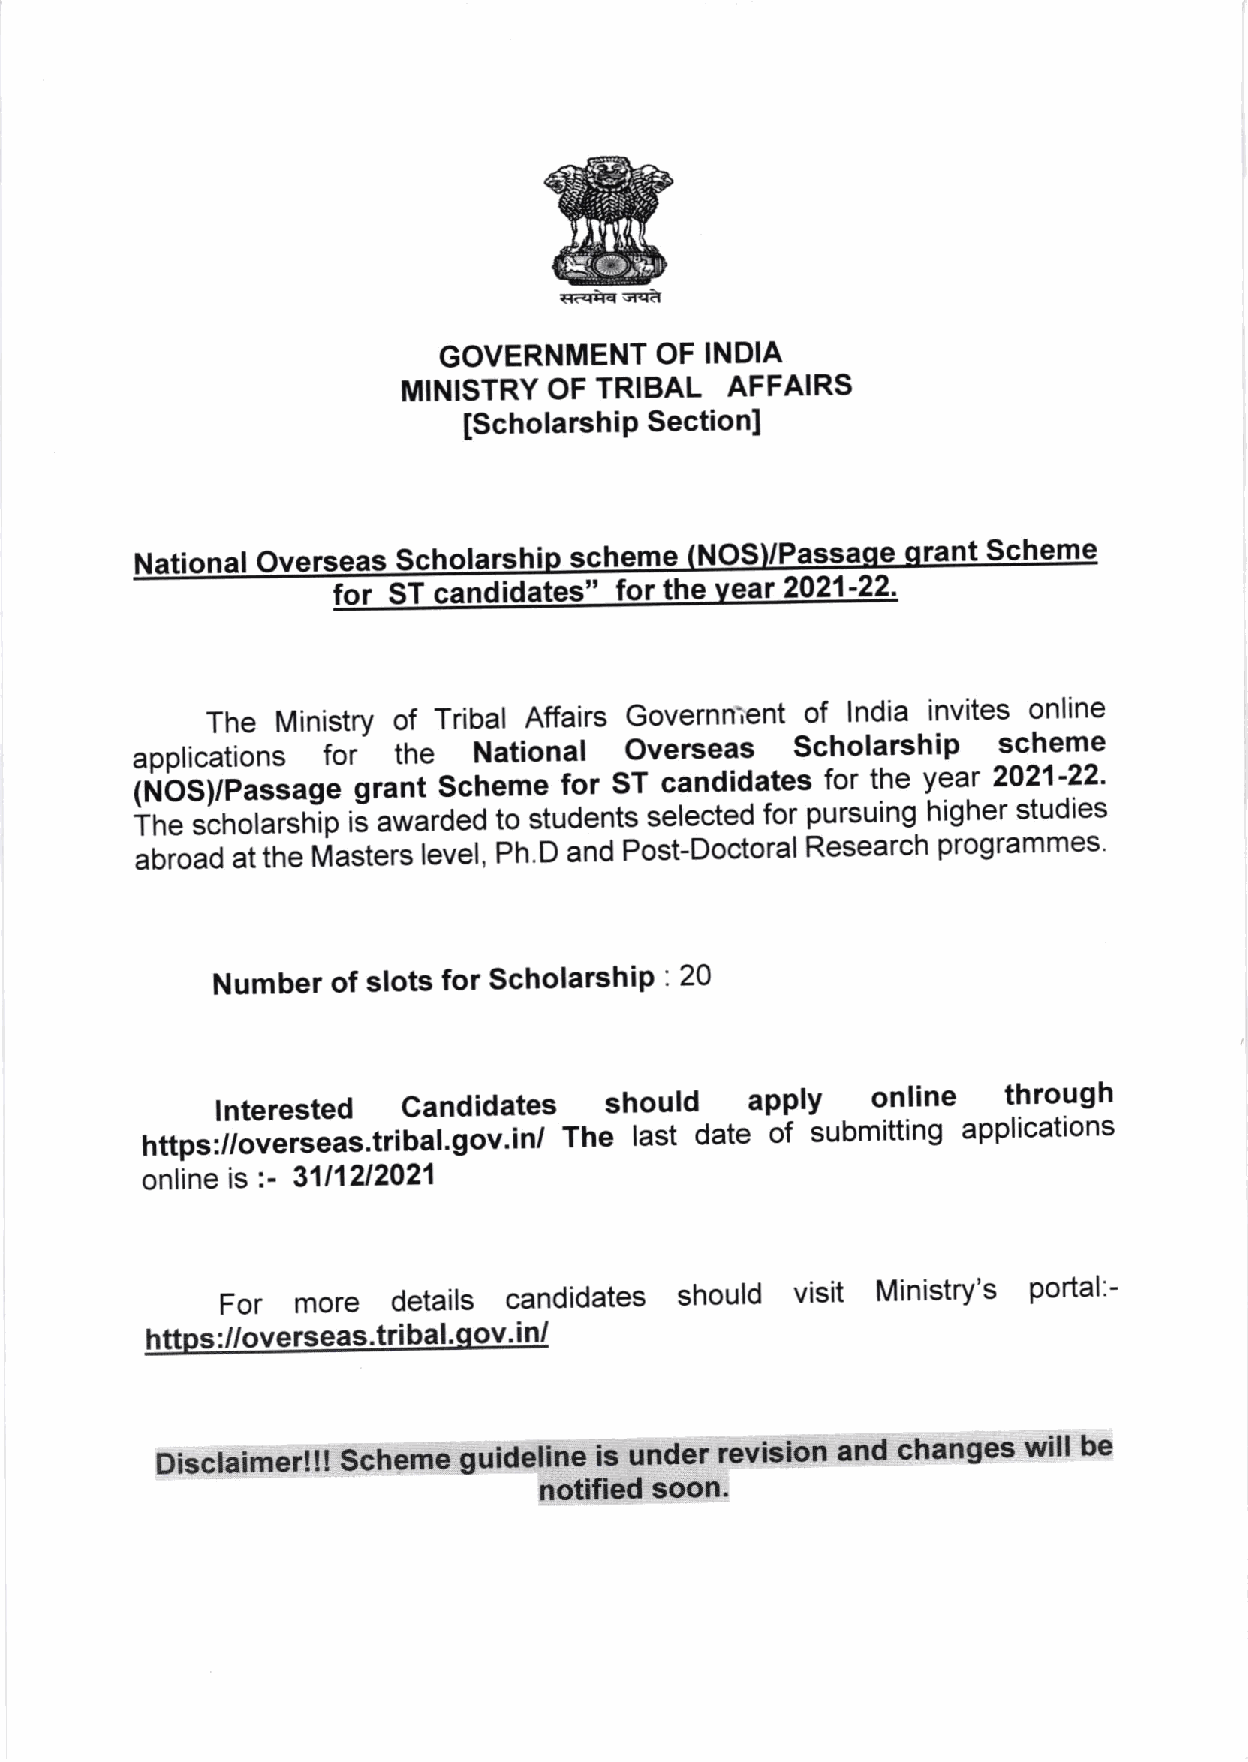
(€iqqqa
 GOVERNMENT    OF  INDIA
 MINISTRY OF TRIBAL   AFFAIRS
 Sectiont
 [ScholarshiP
 ational Overseas Scholarshio scheme (NOS)/Passaqe qrant Scheme
 N
 for ST candidates" for t he vear 2021-22.
 TheMinistryofTribalAffairsGovernnientoflndiainvitesonline
 for  the  National  Overseas    Scholarship  scheme
 applications
 iNbS)p""""ge  grant Scheme  for ST candidates for the year 2021-22'
 ihe scholarship ii awarded to students selected for pursuing higher studies
 abroadattheMasterslevel,Ph.DandPost-DoctoralResearchprogrammes.
 Number  of slots for ScholarshiP : 20
 lnterested   candidates   should    apply   online   through
 The  last date of submitting applications
 t ttp",ilou"r""as.tribal.gov.in/
 :-
 online is  3111212O21
 For  more  details candidates should  visit Ministry's portal:-
 htt s://overseas .tribal.qov.in/
 Disclaimer!!!Schemeguidelineisunderrevisionandchangeswillbe
 notified soon.